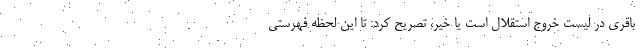
باقری در لیست خروج استقلال است یا خیر، تصریح کرد: تا این لحظه فهرستی